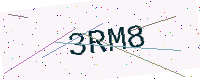
Text: 3RM8